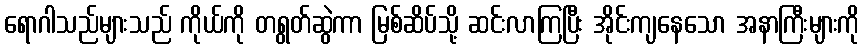
ရောဂါသည်များသည် ကိုယ်ကို တရွတ်ဆွဲကာ မြစ်ဆိပ်သို့ ဆင်းလာကြပြီး အိုင်းကျနေသော အနာကြီးများကို